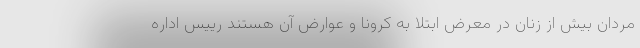
مردان بیش از زنان در معرض ابتلا به کرونا و عوارض آن هستند رییس اداره